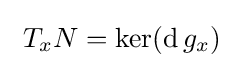
\ T_{x}N=\ker(\operatorname {d} g_{x})~